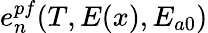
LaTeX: e_{n}^{pf}(T,E(x),E_{a0})